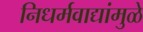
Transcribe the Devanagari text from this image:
निधर्मवाद्यांमुळे